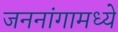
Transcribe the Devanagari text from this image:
जननांगामध्ये